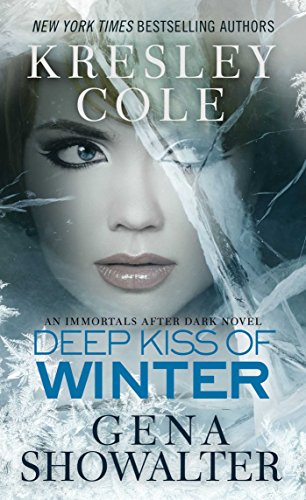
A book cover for Deep Kiss of Winter (Immortals After Dark); Kresley Cole; Romance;